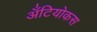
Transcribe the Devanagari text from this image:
अँटियोकस